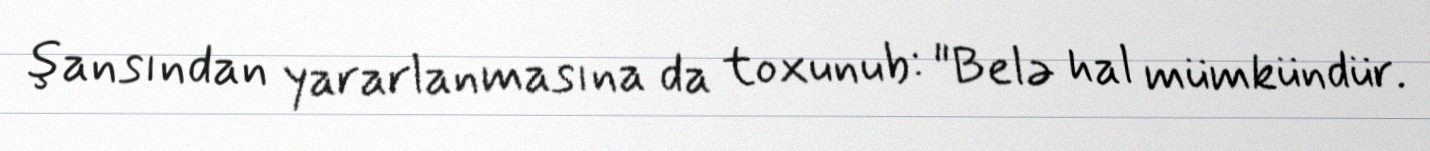
şansından yararlanmasına da toxunub: "Belə hal mümkündür.